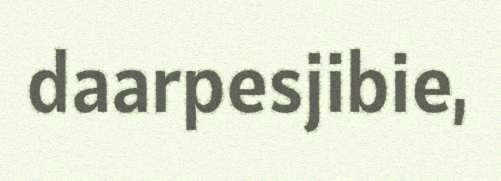
daarpesjibie,